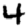
Digit: 4